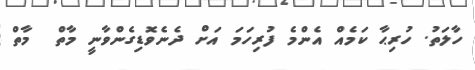
ހާލަތު. ހުރިޙާ ކަމެއް އެންމެ ފުރިހަމަ އަށް ދެނެވޮޑިގެންވާނީ މާތް  މާތް